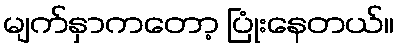
မျက်နှာကတော့ ပြုံးနေတယ်။